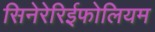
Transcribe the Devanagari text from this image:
सिनेरेरिईफोलियम